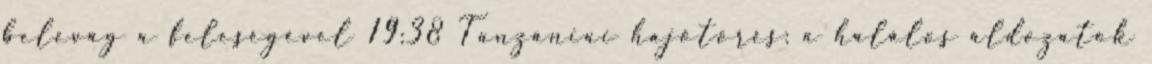
belevág a feleségével 19:38 Tanzániai hajótörés: a halálos áldozatok